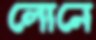
লোনে